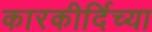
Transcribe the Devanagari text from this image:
कारकीर्दिच्या